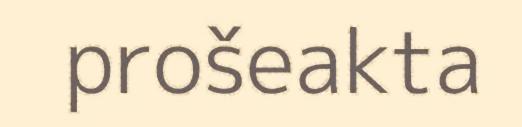
prošeakta